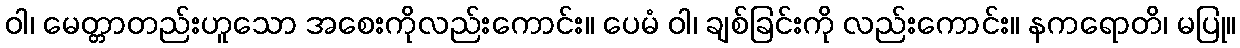
ဝါ၊ မေတ္တာတည်းဟူသော အစေးကိုလည်းကောင်း။ ပေမံ ဝါ၊ ချစ်ခြင်းကို လည်းကောင်း။ နကရောတိ၊ မပြု။